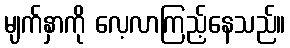
မျက်နှာကို လေ့လာကြည့်နေသည်။